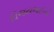
વિજયભાઈનો